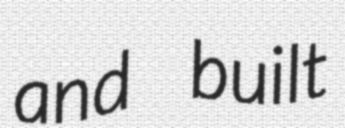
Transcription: and built